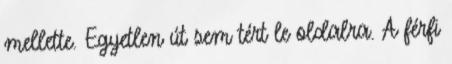
mellette. Egyetlen út sem tért le oldalra. A férfi